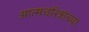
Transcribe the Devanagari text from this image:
आत्मचरित्रांच्या